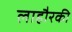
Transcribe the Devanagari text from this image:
लाहौरकी